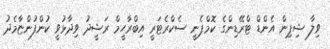
ވިލާ ޝިޕިން އެންޑް ޓްރޭޑިންގެ ކޮމްޕެނީ ސެކްރެޓަރީ އިބްރާހީމް ރަޝީދު ވިދާޅުވީ ކުންފުންޏާމެދު